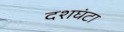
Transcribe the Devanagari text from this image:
दशघंटा